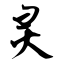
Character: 灵